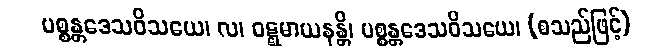
ပစ္စန္တဒေသဝိသယေ၊ လ၊ ဝဋ္ဋမာယနန္တိ၊ ပစ္စန္တဒေသဝိသယေ၊ (စသည်ဖြင့်)